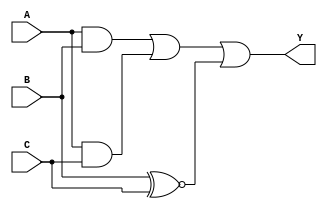
module combinational_logic (
    input wire A,
    input wire B,
    input wire C,
    output wire Y
);

// Combinational Logic Implementation
assign Y = (A & B) | (A & C) | (B ~^ C); // B complementing C allows to cover don't care conditions

endmodule